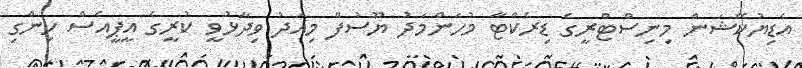
އެޑިޔުކޭޝަން މިނިސްޓްރީގެ ޑިރެކްޓާ މުހަންމަދު ޔޫސުފް މިއަދު ވިދާޅުވީ ކުރީގެ އީޕީއެސް ހިންގި